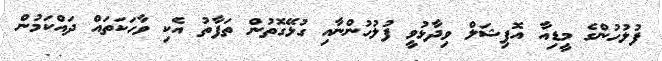
ފުލުހުންގެ މީޑިއާ އޮފިޝަލް ވިދާޅުވީ ފުލުހުންނާއި ގުޅޭގޮތުން ތަފާތު އެކި ވާހަކަތައް ދައްކަމުން